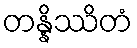
တန္နိဿိတံ